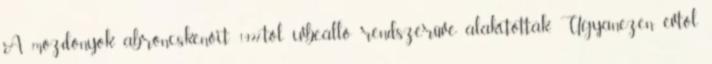
A mozdonyok abroncskenőit 1927-től ívbeálló rendszerűvé alakították. Ugyanezen évtől